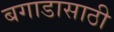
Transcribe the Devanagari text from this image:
बगाडासाठी